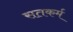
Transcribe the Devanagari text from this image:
सतकर्म